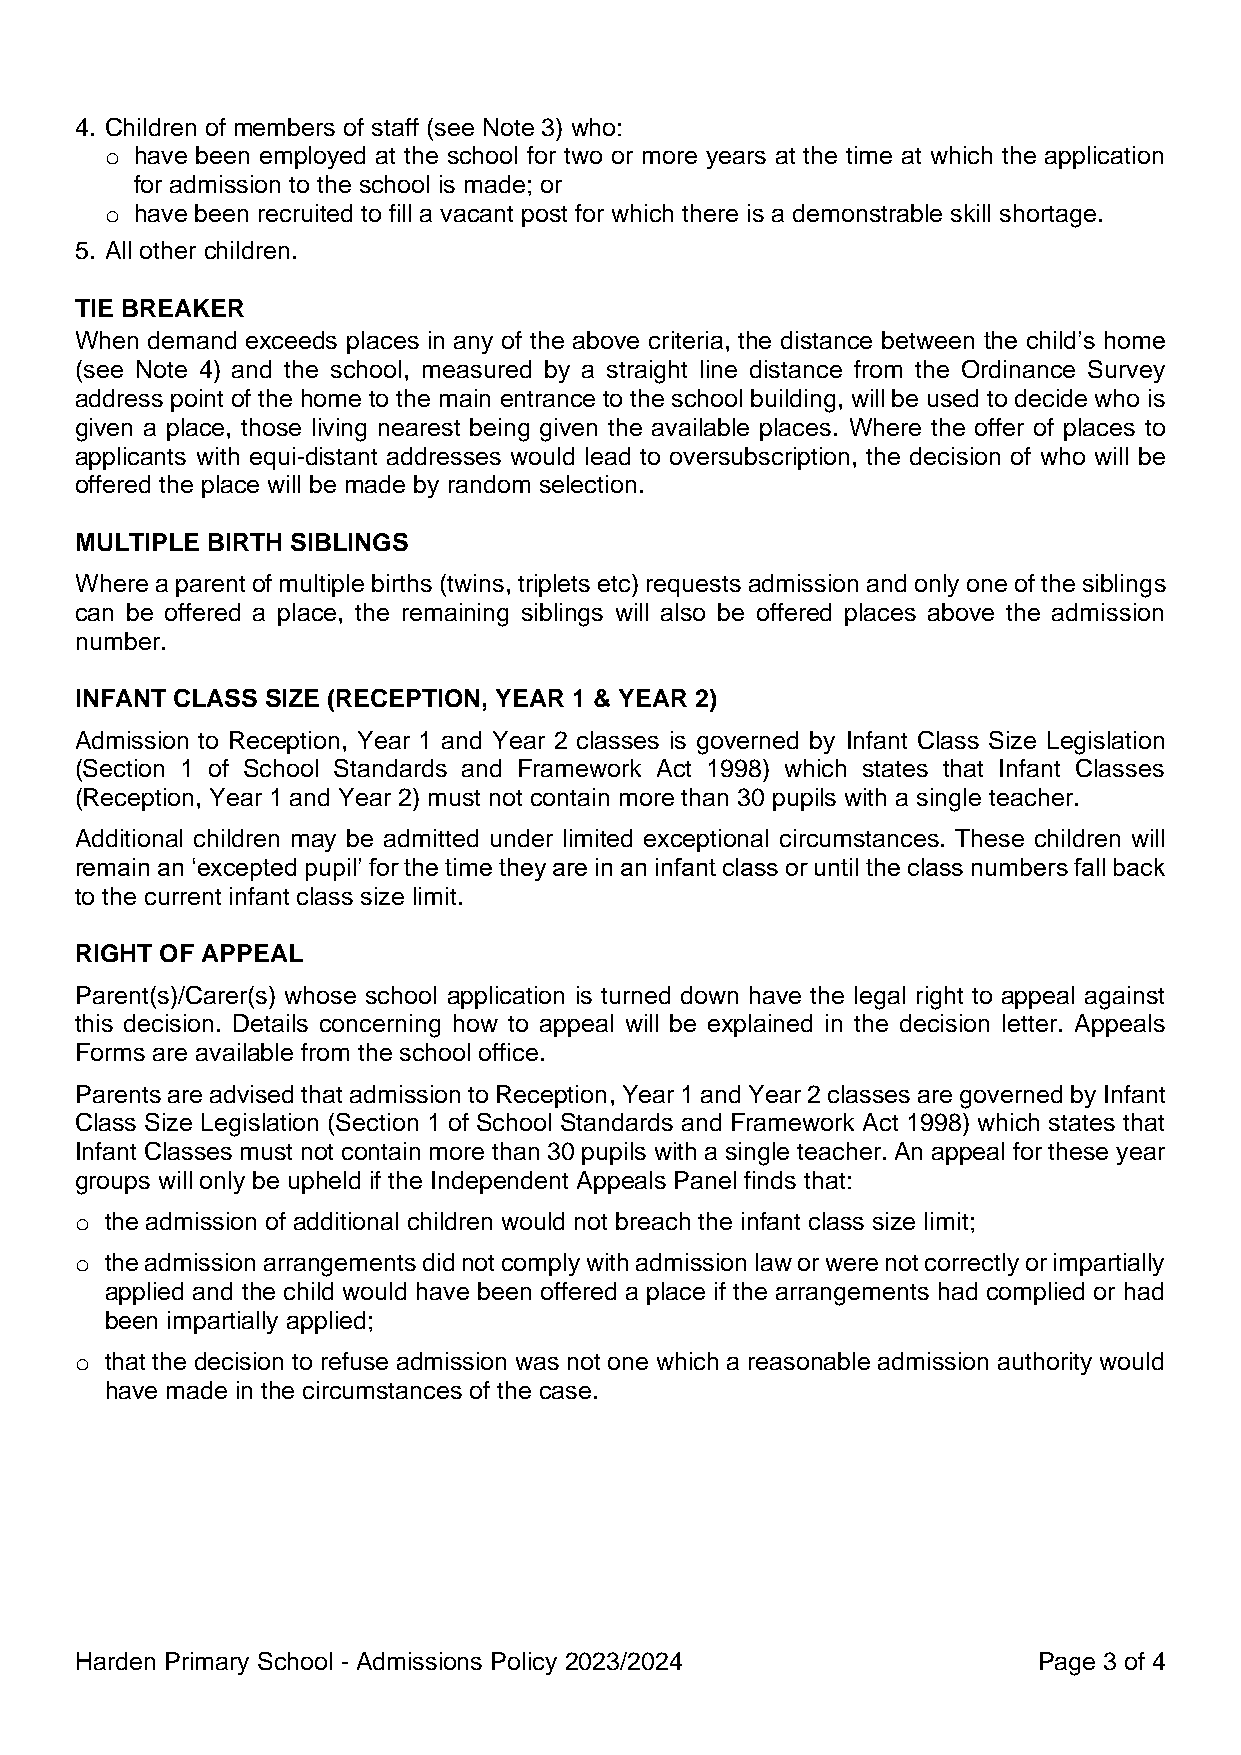
4. Children of members of staff (see Note 3) who:
 o have been employed at the school for two or more years at the time at which the application
 for admission to the school is made; or
 o have been recruited to fill a vacant post for which there is a demonstrable skill shortage.
 5. All other children.
 TIE BREAKER
 When demand exceeds places in any of the above criteria, the distance between the child’s home
 (see Note 4) and the school, measured by a straight line distance from the Ordinance Survey
 address point of the home to the main entrance to the school building, will be used to decide who is
 given a place, those living nearest being given the available places. Where the offer of places to
 applicants with equi-distant addresses would lead to oversubscription, the decision of who will be
 offered the place will be made by random selection.
 MULTIPLE BIRTH SIBLINGS
 Where a parent of multiple births (twins, triplets etc) requests admission and only one of the siblings
 can be offered a place, the remaining siblings will also be offered places above the admission
 number.
 INFANT CLASS SIZE (RECEPTION, YEAR 1 & YEAR 2)
 Admission to Reception, Year 1 and Year 2 classes is governed by Infant Class Size Legislation
 (Section 1 of School Standards and Framework Act 1998) which states that Infant Classes
 (Reception, Year 1 and Year 2) must not contain more than 30 pupils with a single teacher.
 Additional children may be admitted under limited exceptional circumstances. These children will
 remain an ‘excepted pupil’ for the time they are in an infant class or until the class numbers fall back
 to the current infant class size limit.
 RIGHT OF APPEAL
 Parent(s)/Carer(s) whose school application is turned down have the legal right to appeal against
 this decision. Details concerning how to appeal will be explained in the decision letter. Appeals
 Forms are available from the school office.
 Parents are advised that admission to Reception, Year 1 and Year 2 classes are governed by Infant
 Class Size Legislation (Section 1 of School Standards and Framework Act 1998) which states that
 Infant Classes must not contain more than 30 pupils with a single teacher. An appeal for these year
 groups will only be upheld if the Independent Appeals Panel finds that:
 o the admission of additional children would not breach the infant class size limit;
 o the admission arrangements did not comply with admission law or were not correctly or impartially
 applied and the child would have been offered a place if the arrangements had complied or had
 been impartially applied;
 o that the decision to refuse admission was not one which a reasonable admission authority would
 have made in the circumstances of the case.
 Harden Primary School - Admissions Policy 2023/2024             Page 3 of 4